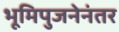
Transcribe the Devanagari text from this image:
भूमिपुजनेनंतर